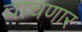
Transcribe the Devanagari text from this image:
वाचणार